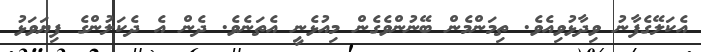
އެކަލޭގެފާނު ވިދާޅުވިއެވެ. ތިމަންމެން ބޭނުންވެގެން މިއުޅެނީ އެތަނެވެ. ދެން އެ ދެކަލުންގެ ފިޔަވަޅު